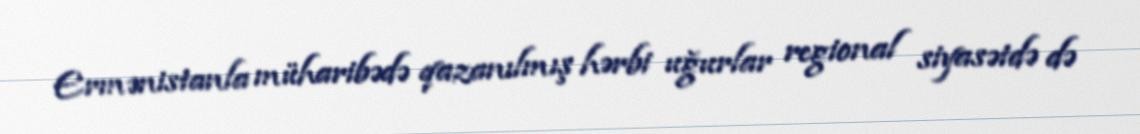
Ermənistanla müharibədə qazanılmış hərbi uğurlar regional siyasətdə də